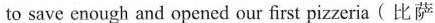
to save enough and opened our first pizzeria( 比萨